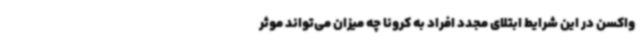
واکسن در این شرایط ابتلای مجدد افراد به کرونا چه میزان می‌تواند موثر